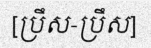
[ប្រឹស-ប្រឹស]